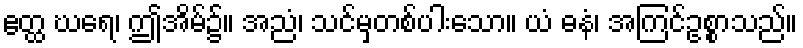
ဧတ္ထ ဃရေ၊ ဤအိမ်၌။ အညံ၊ သင်မှတစ်ပါးသော။ ယံ ဓနံ၊ အကြင်ဥစ္စာသည်။